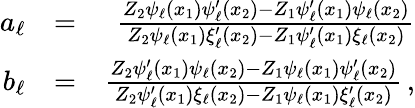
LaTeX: \begin{array}{rlr}{a_{\ell}}&{=}&{\frac{Z_{2}\psi_{\ell}(x_{1})\psi_{\ell}^{\prime}(x_{2})-Z_{1}\psi_{\ell}^{\prime}(x_{1})\psi_{\ell}(x_{2})}{Z_{2}\psi_{\ell}(x_{1})\xi_{\ell}^{\prime}(x_{2})-Z_{1}\psi_{\ell}^{\prime}(x_{1})\xi_{\ell}(x_{2})}}\\ {b_{\ell}}&{=}&{\frac{Z_{2}\psi_{\ell}^{\prime}(x_{1})\psi_{\ell}(x_{2})-Z_{1}\psi_{\ell}(x_{1})\psi_{\ell}^{\prime}(x_{2})}{Z_{2}\psi_{\ell}^{\prime}(x_{1})\xi_{\ell}(x_{2})-Z_{1}\psi_{\ell}(x_{1})\xi_{\ell}^{\prime}(x_{2})}\, ,}\end{array}